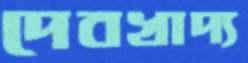
দেবখাদ্য